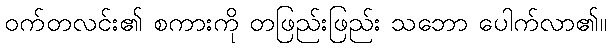
ဝက်တလင်း၏ စကားကို တဖြည်းဖြည်း သဘော ပေါက်လာ၏။